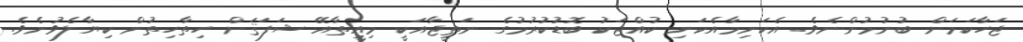
ޖަހާކަމަށް ބުނުމުންނެވެ. އެކަނިމާއެކަނި ކުއްޖަކު ބޮޑުކުރުމުގެ ނަތީޖާއަކީ މިއީތާއޭ ޝަފަޤަށް ހިތާހިތުން ކިޔާލެވުނެވެ.